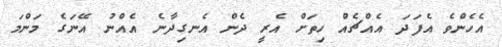
އެހެންވެ އެފަދަ އެއްޗެއް ހިތަށް އެރީ ދެން އެނގިދާނެ އެއްނު އޭނަގެ މަންމަ